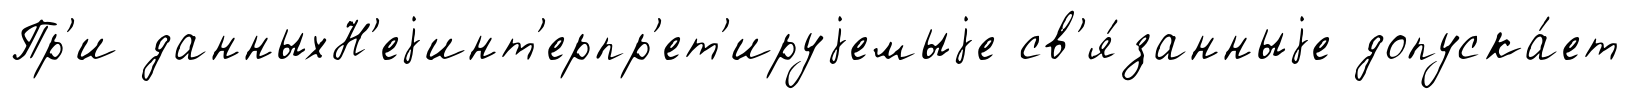
Пр'и данныхН'еjинт'ерпр'ет'ируjемыjе св'я́занныjе допуска́ет